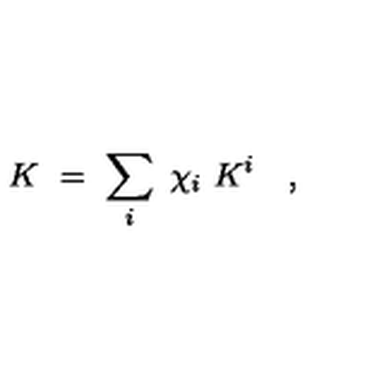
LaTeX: K \ = \ \sum _ { i } \ \chi _ { i } \ K ^ { i } \quad ,